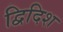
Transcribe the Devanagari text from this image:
द्विदिश